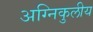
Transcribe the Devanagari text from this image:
अग्निकुलीय